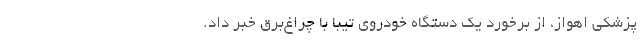
پزشکی اهواز، از برخورد یک دستگاه خودروی تیبا با چراغ‌برق خبر داد.